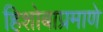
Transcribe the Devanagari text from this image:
हिशोबाप्रमाणे